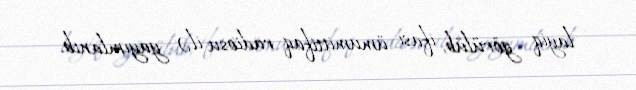
layiq görülüb, ifası ümumittifaq radiosu ilə yayımlanıb.